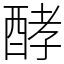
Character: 酵